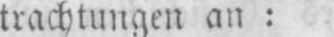
trachtungen an: